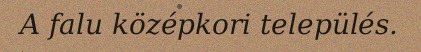
A falu középkori település.